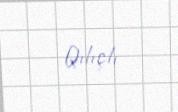
Qılıçlı